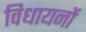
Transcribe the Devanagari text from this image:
विधायनों